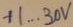
Text: +1...30V